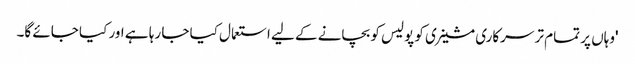
'وہاں پر تمام تر سرکاری مشینری کو پولیس کو بچانے کے لیے استعمال کیا جا رہا ہے اور کیا جائے گا۔